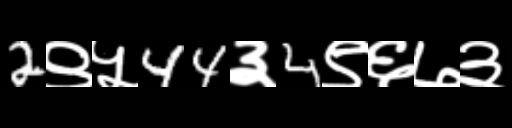
Text: 2९५44३4९६७३